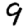
Digit: 9